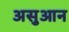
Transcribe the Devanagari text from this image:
असुआन